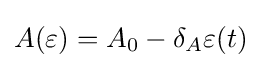
A(\varepsilon )=A_{0}-\delta _{A}\varepsilon (t)